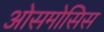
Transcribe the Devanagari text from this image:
ओसमोसिस